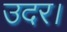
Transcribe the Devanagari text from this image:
उदर।